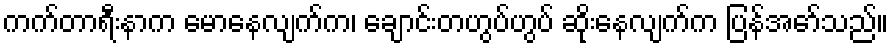
ကက်တာရီးနာက မောနေလျက်က၊ ချောင်းတဟွပ်ဟွပ် ဆိုးနေလျက်က ပြန်အော်သည်။